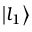
\left\lvert l _ { 1 } \right\rangle